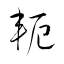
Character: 軛